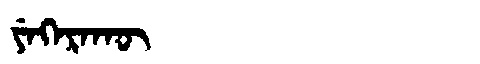
Manchu: ᠶᡝᡴᡝᡵᠠᡴᡡ
Romanization: YEKERAKŪ